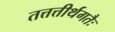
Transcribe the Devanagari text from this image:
तत्तत्तीर्थगतैः